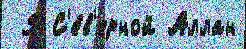
 9 С'е́в'ерной Аллан